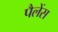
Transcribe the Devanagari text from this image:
पैलेंस